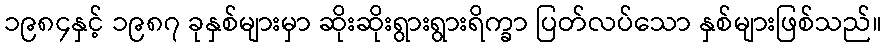
၁၉၈၄နှင့် ၁၉၈၇ ခုနှစ်များမှာ ဆိုးဆိုးရွားရွားရိက္ခာ ပြတ်လပ်သော နှစ်များဖြစ်သည်။